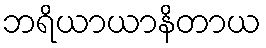
ဘရိယာယာနိတာယ